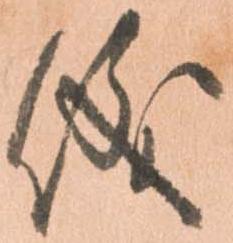
儀